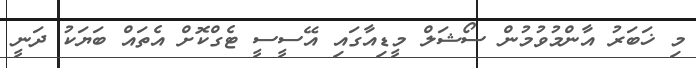
މި ޚަބަރު އާންމުވުމުން ސޯޝަލް މީޑިއާގައި އޭސީސީ ޓެގްކޮށް އެތައް ބަޔަކު ދަނީ